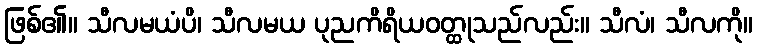
ဖြစ်၏။ သီလမယံပိ၊ သီလမယ ပုညကိရိယဝတ္ထုသည်လည်း။ သီလံ၊ သီလကို။